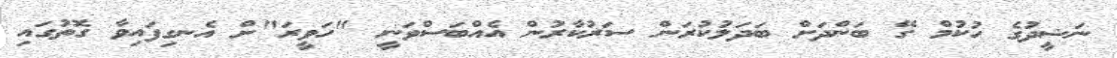
ނަޝީދުގެ ހުކުމް ގޭ ބަންދަށް ބަދަލުކުރަން ސަރުކާރުން އެއްބަސްވަނީ "ހަވީރަ"ށް އެނގިފައިވާ ގޮތުގައި